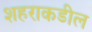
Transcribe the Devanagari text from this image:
शहराकडील